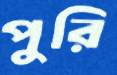
পুরি